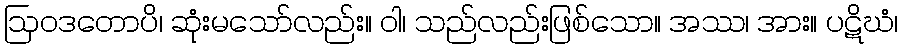
ဩဝဒတောပိ၊ ဆုံးမသော်လည်း။ ဝါ၊ သည်လည်းဖြစ်သော။ အဿ၊ အား။ ပဋိဃံ၊